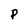
Character: p